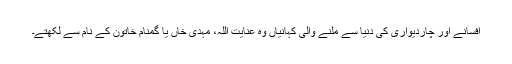
افسانے اور چاردیواری کی دنیا سے ملنے والی کہانیاں وہ عنایت اللہ، مہدی خاں یا گمنام خاتون کے نام سے لکھتے۔